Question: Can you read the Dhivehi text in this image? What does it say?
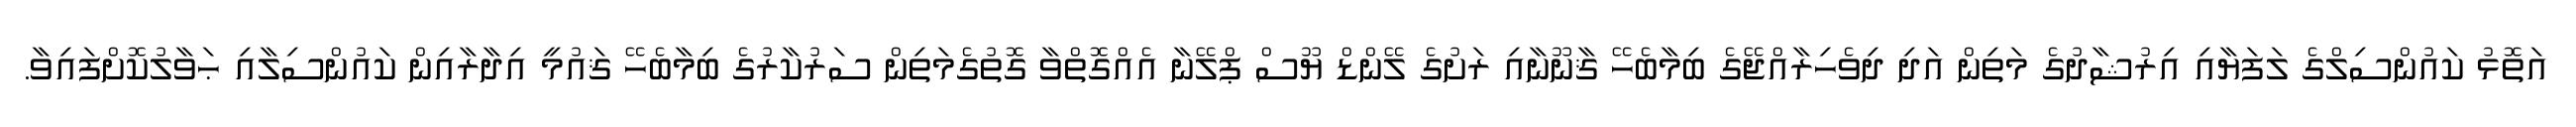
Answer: އަތޮޅު ކައުންސިލްގެ ލަފަޔާއި އިރުޝާދުގެ މަތިން އަދި ދިވެހިރާއްޖޭގެ ބިމާބެހޭ ޤާނޫނާއި ރަށުގެ ލޭންޑް ޔޫސް ޕްލޭނާ އެއްގޮތްވާ ގޮތުގެމަތިން ސަރުކާރުގެ ބިމާބެހޭ ޤައުމީ އިދާރާއިން ކައުންސިލާއި ޙަވާލުކޮށްފައިވާ.